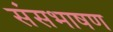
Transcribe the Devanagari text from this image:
संसभाषण